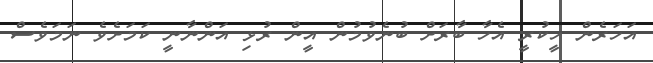
އަހަރެން ހީކުރީ އެހާ ބާރަށް ބުނެވުމުން އީން ރުޅި އަންނާނީ ކަމަށެވެ ނަމަވެސް